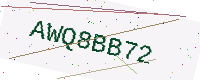
Text: AWQ8BB72